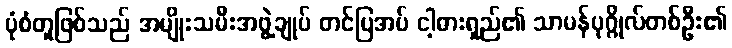
ပုံစံတူဖြစ်သည် အမျိုးသမီးအဖွဲ့ချုပ် တင်ပြအပ် ငါ့ဓားရှည်၏ သာမန်ပုဂ္ဂိုလ်တစ်ဦး၏